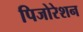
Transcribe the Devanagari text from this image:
पिजोरेशन